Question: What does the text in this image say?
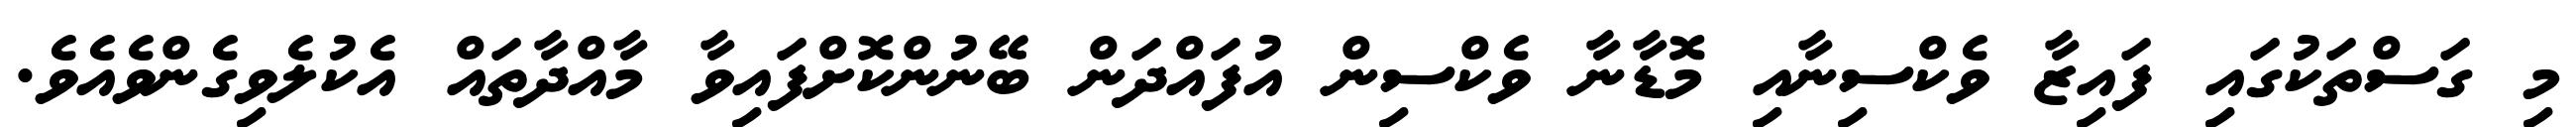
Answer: މި ގަސްތަކުގައި ފައިޒާ ވެކްސިނާއި މޮޑާނާ ވެކްސިން އުފައްދަން ބޭނުންކޮށްފައިވާ މާއްދާތައް އެކުލެވިގެންވެއެވެ.